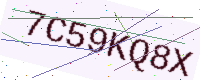
Text: 7C59KQ8X